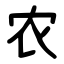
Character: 农